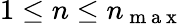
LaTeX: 1\leq n\leq n_{\mathrm{~m~a~x~}}